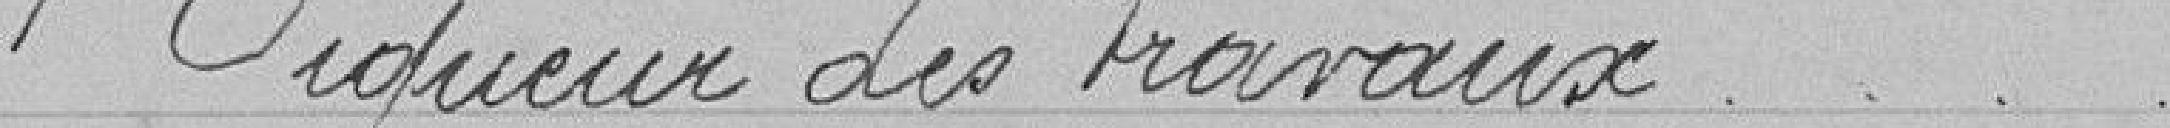
1 Piqueur des travaux